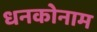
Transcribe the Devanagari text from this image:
धनकोनाम